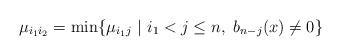
LaTeX: \begin{align*}\mu_{i_1i_2}=\min \{\mu_{i_1j}\ |\ i_1<j \leq n,\ b_{n-j}(x)\ne 0\}\end{align*}